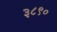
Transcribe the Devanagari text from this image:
३८९०